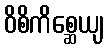
ဝိစိကိစ္ဆေယျ